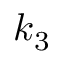
k _ { 3 }